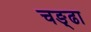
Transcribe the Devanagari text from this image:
चङ्ढा